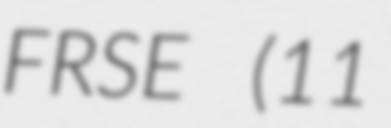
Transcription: FRSE (11